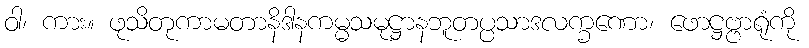
ဝါ၊ ကား။ ဖုသိတုကာမတာနိဒါနကမ္မသမုဋ္ဌာနဘူတပ္ပသာဒလက္ခဏော၊ ဖောဋ္ဌဗ္ဗာရုံကို